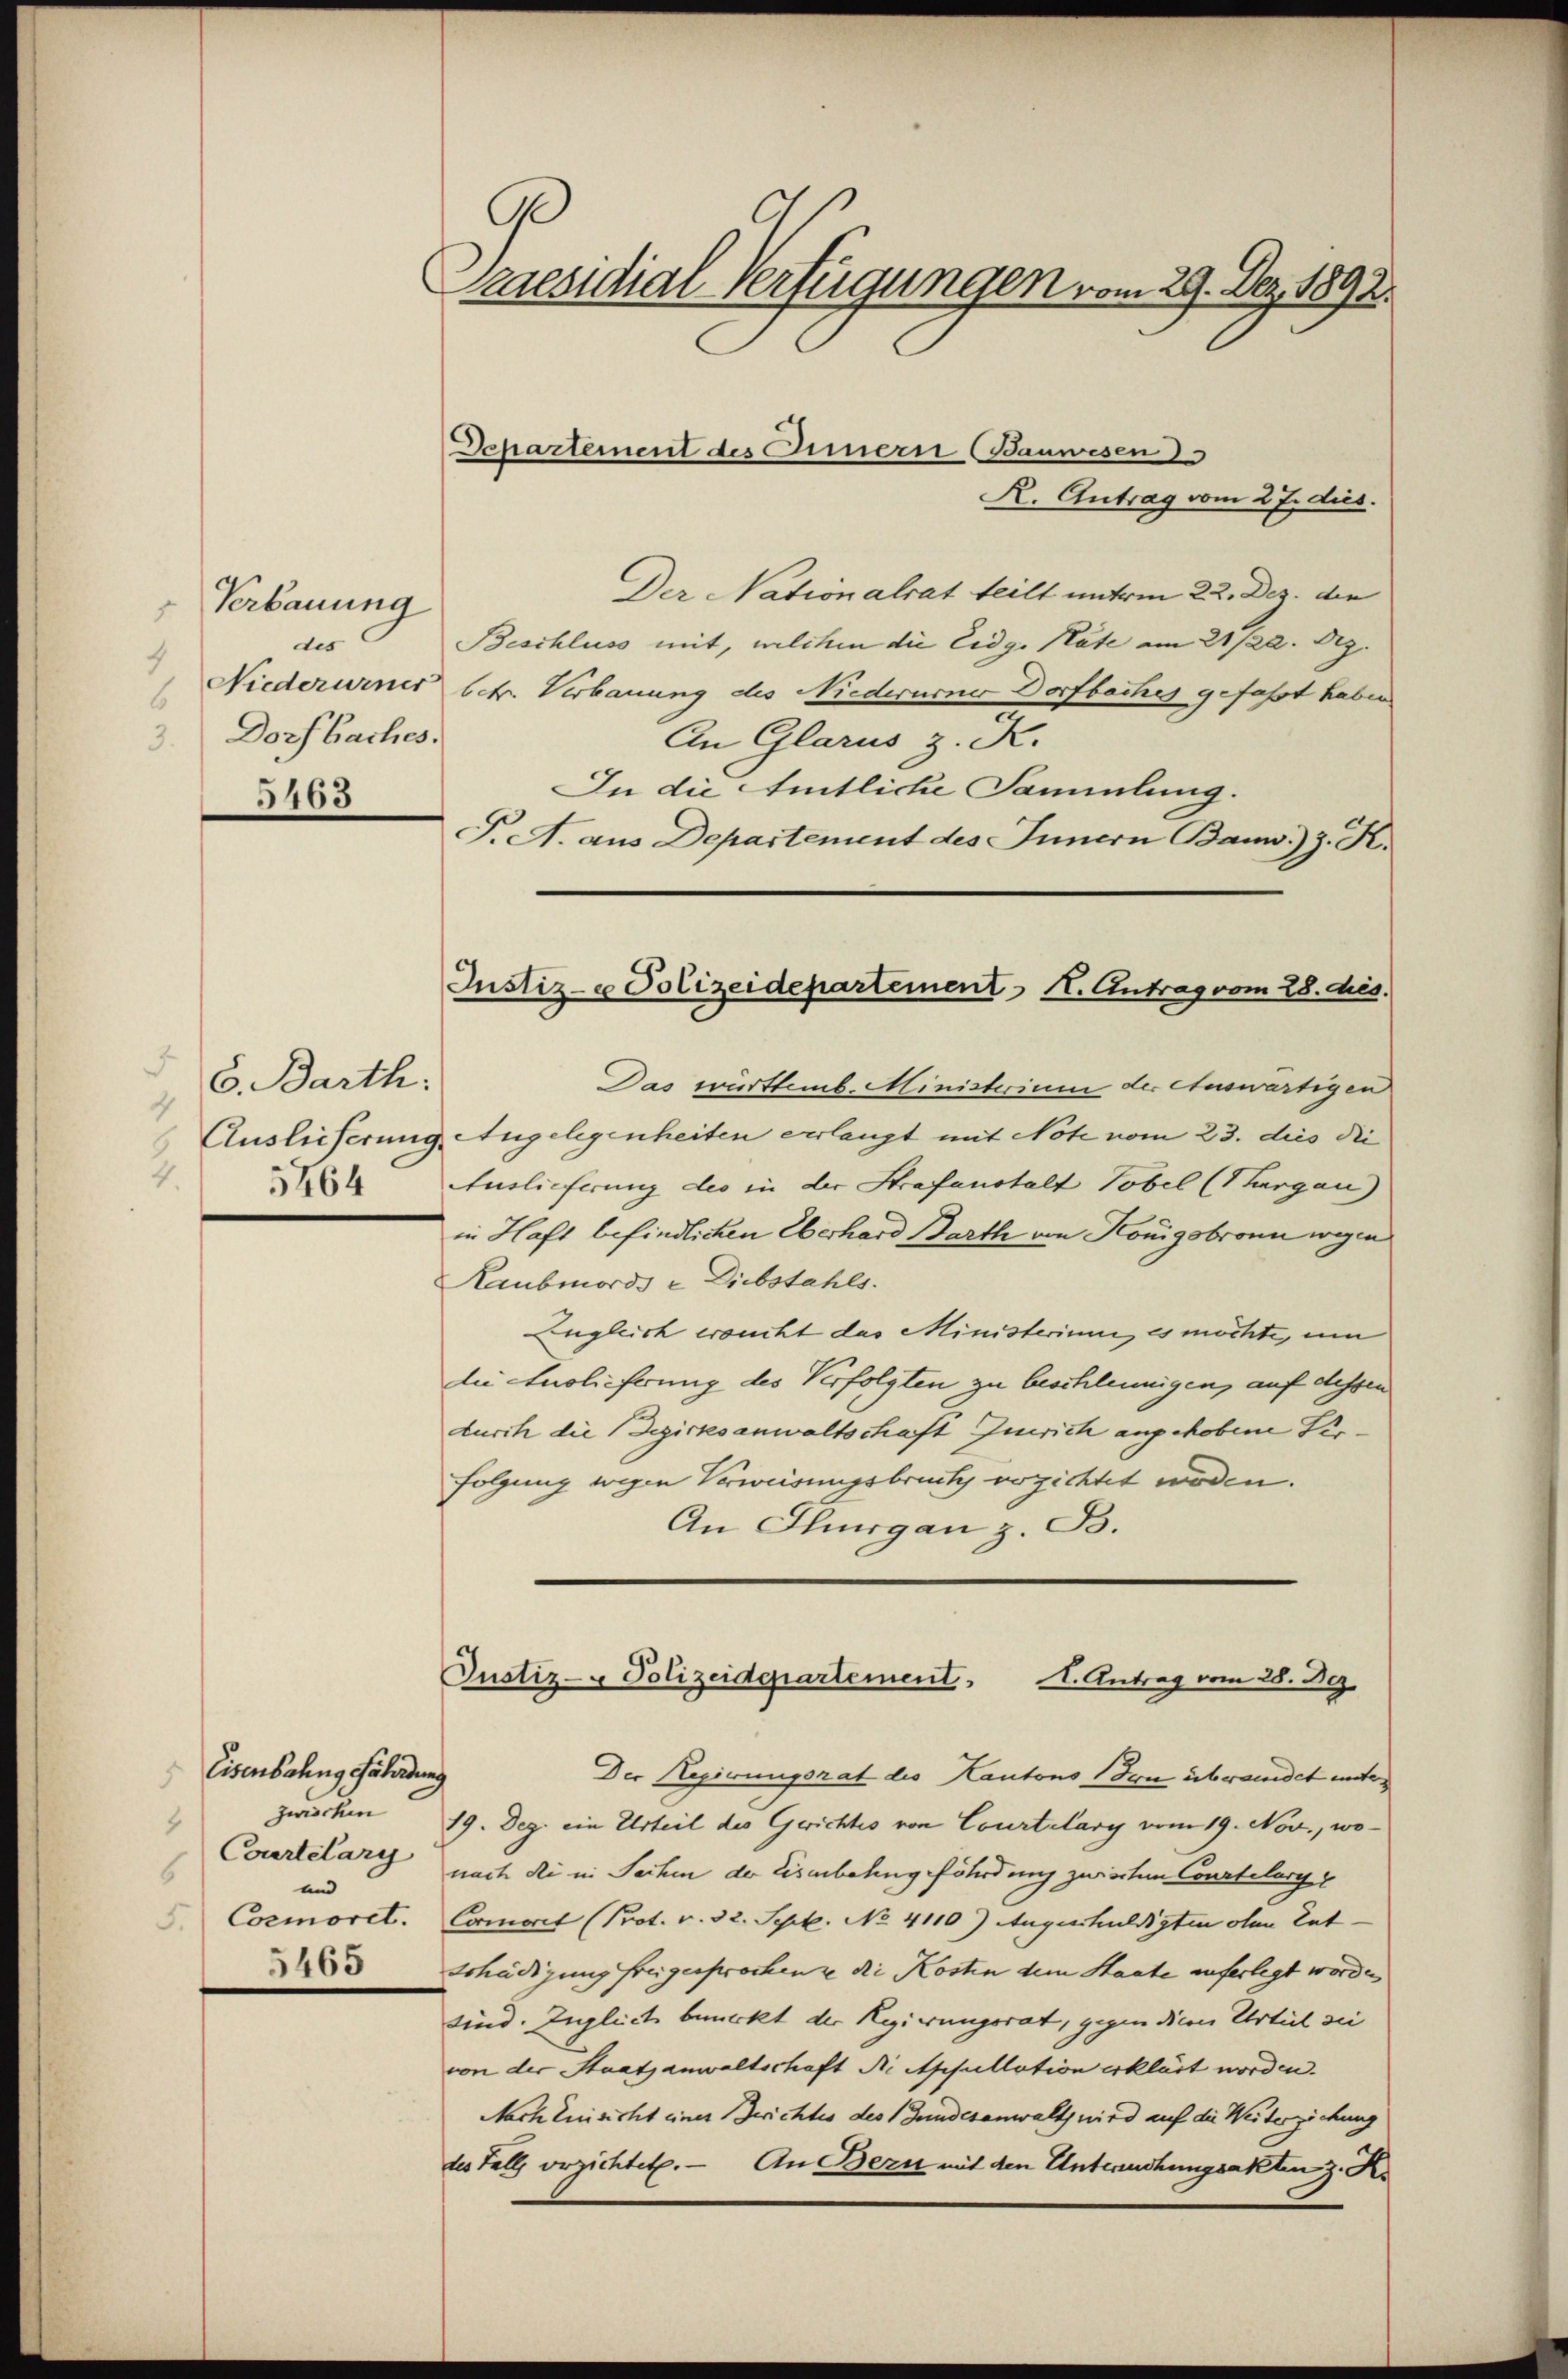
Verbauung
1
des
4
Niederurner
6
3. Dorfbaches.
5463

F
6. Barth:
4
4.
5464

Eisenbahng fährdung
zwischen
4
Courtelary
6
und
F. Comoret.
5465

9
Praesidial-Verfügungen vom 29. Dez. 1892.

Departement des Innern (Bauwesen
R. Antrag vom 27. dies.
Der Nationalrat teilt unterm 22. Dez. den
Beschluss mit, welchen die Eidg. Pate am 21/22. Dez.
betr. Verbauung des Niederurner Dorfbaches gefaßt haben
An Glarus z. K.
In die Amtliche Sammlung.
F. A. aus Departement des Innern Ban.) J. K.
Das württemb. Ministerium der Auswärtigen
Auslieferung Angelegenheiten verlangt mit Note vom 23. dies die
Auslieferung des in der Strafanstalt Tobel (Thurgau)
in Haft befindlichen Oberhard Barth von Königsbronn wegen
Raubmords - Diebstahls.
Eugleich ersucht das Ministerium es möchte, um
die Auslieferung des Verfolgten zu beschleunigen, auf dessen
durch die Bezirksanwaltschaft Zürich angehobene Perfolgung wegen Verweisungsbruch verzichtet worden.
An Thurgau z. B.

Justiz- & Polizeidepartement I. Antrag vom 28. des

Justiz- Polizeidepartement. A. Antrag vom 28. Dez.

Der Regierungsrat die Kantons (den überaindet unter
19. Dez. ein Urteil des Gerichtes von Courtelary vom 19. Nov., wonach die in Sachen der Eisenbahngefährdung zwischen Courtelary
Commorit (Prot. v. 32. Schik. No. 4110 Augusschuldigten ohne Ent-
schädigung freigesprochen ze die Kosten dem Staate auferlegt worden,
sind. Zugleich bemerkt der Regierungsrat, gegen dieen Urteil sie
von der Staatsanwaltschaft N. Apsullation erklärt worden.
Nach Einsicht einer Berichtes des Bundesanwalt wird auf die Weiterziehung
des Fall verzichtet. — An Bern mit den Untersuchungsakten z. K.